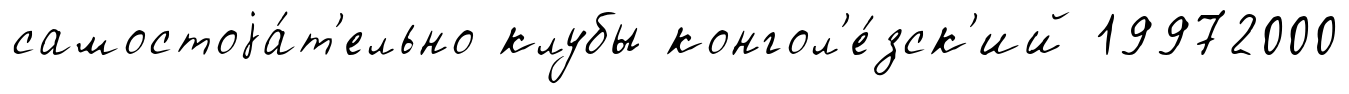
самостоjа́т'ельно клубы конгол'е́зск'ий 19972000